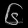
Digit: ၆